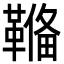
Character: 𩌎